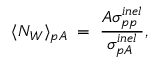
\langle N _ { W } \rangle _ { p A } \; = \; { \frac { A \sigma _ { p p } ^ { i n e l } } { \sigma _ { p A } ^ { i n e l } } } ,